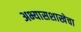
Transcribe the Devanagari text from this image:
अभ्यासशाखेचा